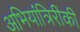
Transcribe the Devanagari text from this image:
अभियांत्रिरीकी